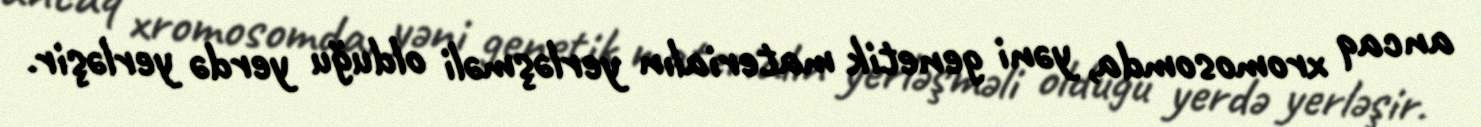
ancaq xromosomda, yəni genetik materialın yerləşməli olduğu yerdə yerləşir.